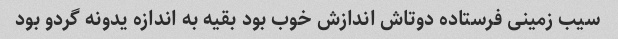
سیب زمینی فرستاده دوتاش اندازش خوب بود بقیه به اندازه یدونه گردو بود